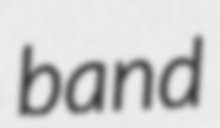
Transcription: band